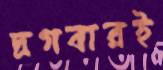
দ্রগবারই